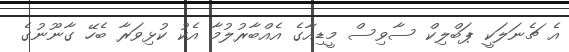
އެ ޗެނަލަކީ ޕަބްލިކް ސާވިސް މީޑިއާގެ އެއްބާރުލުމާ އެކު ކުޅިވަރާ ބެހޭ ގާނޫނުގެ